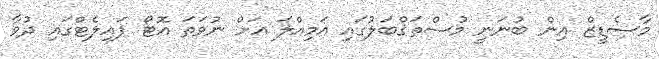
މާސެޑީޒް އިން ބުނަނީ މުސްތަޤްބަލުގައި އަމިއްލަ އަށް ނުވަތަ އޮޓޯ ޕައިލެޓްގައި ދުވާ